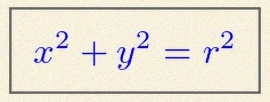
x^2+y^2=r^2